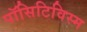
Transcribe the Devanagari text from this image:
पॉसिटिविस्म